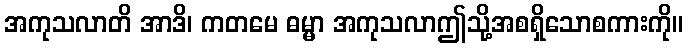
အကုသလာတိ အာဒိ၊ ကတမေ ဓမ္မာ အကုသလာဤသို့အစရှိသောစကားကို။